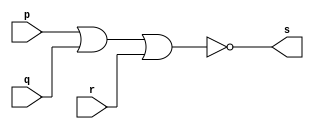
// -----------------------
// Guia 01 - Exercicio 02
// Bruno Csar Lopes Silva
// Matrcula: 415985
// -----------------------

// --nor gate--

module norgate (s, p, q, r);
 output s;
 input p, q, r;

 assign s = ~(p | q | r);
 
 endmodule // norgate
 
// -- teste nor gate --

module testenorgate;
 reg p, q, r;
 wire s;
 
 norgate NOR1 (s, p, q, r);
 
 initial begin
      $display ("Guia 01 - Exercicio 02");
		$display ("Bruno Cesar Lopes Silva - 415985");
		$display ("Teste Nor Gate");
		$display ("\n~(p | q | r) = s\n");
		p=0; q=0; r=0;
  #1  $display("~(%b | %b | %b) = %b", p, q, r, s);
      p=0; q=0; r=1;
  #1  $display("~(%b | %b | %b) = %b", p, q, r, s);
      p=0; q=1; r=0;
  #1  $display("~(%b | %b | %b) = %b", p, q, r, s);
      p=0; q=1; r=1;
  #1  $display("~(%b | %b | %b) = %b", p, q, r, s);
      p=1; q=0; r=0;
  #1  $display("~(%b | %b | %b) = %b", p, q, r, s);
      p=1; q=0; r=1;
  #1  $display("~(%b | %b | %b) = %b", p, q, r, s);
      p=1; q=1; r=0;
  #1  $display("~(%b | %b | %b) = %b", p, q, r, s);
      p=1; q=1; r=1;
  #1  $display("~(%b | %b | %b) = %b", p, q, r, s);
 end
 
 endmodule // testenorgate